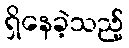
ရှိနေခဲ့သည့်